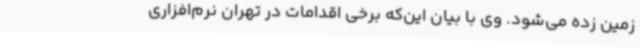
زمین زده می‌شود. وی با بیان این‌که برخی اقدامات در تهران نرم‌افزاری